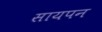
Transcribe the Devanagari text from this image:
सायपन